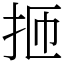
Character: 㧜